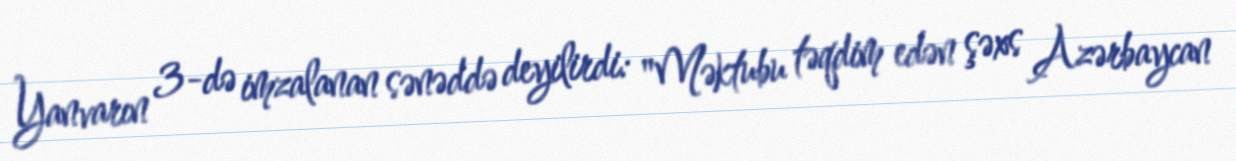
Yanvarın 3-də imzalanan sənəddə deyilirdi: "Məktubu təqdim edən şəxs Azərbaycan